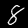
Digit: 8